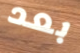
بعد